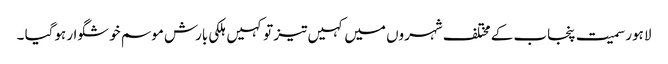
لاہور سمیت پنجاب کے مختلف شہروں میں کہیں تیز تو کہیں ہلکی بارش موسم خوشگوار ہوگیا ۔